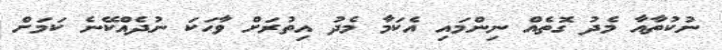
ނުކުތާއާ މެދު ގޮތެއް ނިންމައި އެކަމާ މެދު އިތުރަށް ވާހަކަ ނުދެއްކޭނެ ކަމަށް